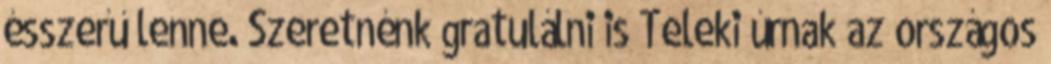
ésszerű lenne. Szeretnénk gratulálni is Teleki úrnak az országos